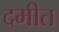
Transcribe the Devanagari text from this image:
दमीत